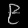
Digit: ၉